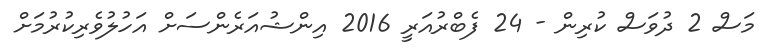
މަސް 2 ދުވަސް ކުރިން - 24 ފެބްރުއަރީ 2016 އިންޝުއަރެންސަށް އަހުލުވެރިކުރުމަށް